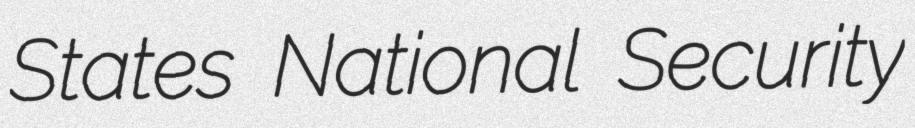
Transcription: States National Security